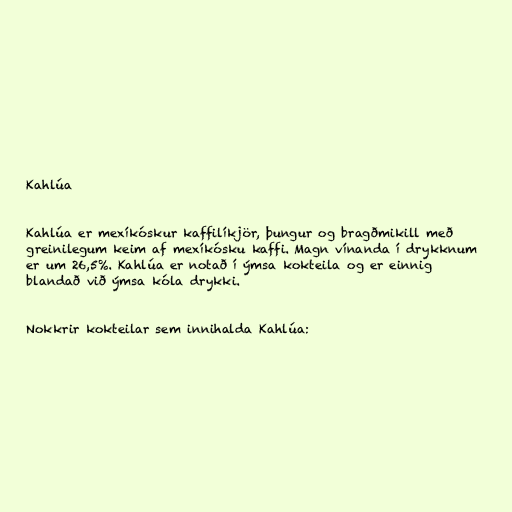
Kahlúa

Kahlúa er mexíkóskur kaffilíkjör, þungur og bragðmikill með
greinilegum keim af mexíkósku kaffi. Magn vínanda í drykknum
er um 26,5%. Kahlúa er notað í ýmsa kokteila og er einnig
blandað við ýmsa kóla drykki.

Nokkrir kokteilar sem innihalda Kahlúa: